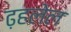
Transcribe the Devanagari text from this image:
ढ़हलेल